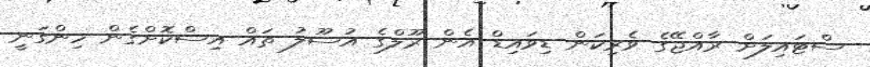
ސްޓައިލަށް ރާއްޖޭގެ ވެރިކަން ޑިވައިޑް އެން ރޫލްގެ އުސޫލު ތައް އިސްކޮށްގެން ހިންގަނީ